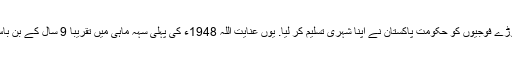
ملایا کی آزادی کے بعد تمام مسلمان بھگوڑے فوجیوں کو حکومتِ پاکستان نے اپنا شہری تسلیم کر لیا. یوں عنایت اللہ 1948ء کی پہلی سہہ ماہی میں تقریباً 9 سال کے بن باس کے بعد اپنی سرزمین پر واپس پہنچے۔